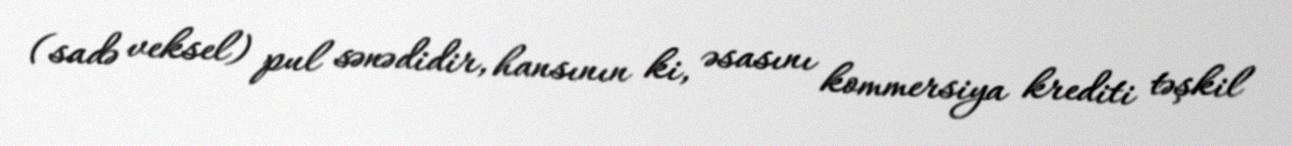
(sadə veksel) pul sənədidir, hansının ki, əsasını kommersiya krediti təşkil